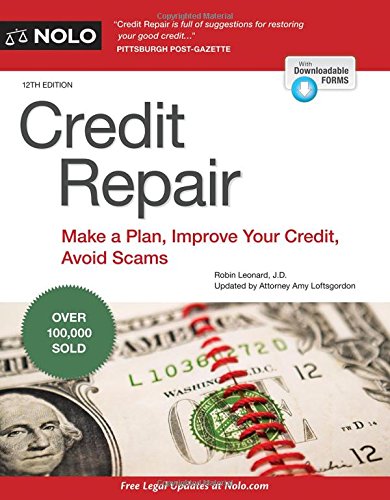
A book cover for Credit Repair: Make a Plan, Improve Your Credit, Avoid Scams; Robin Leonard J.D.; Business & Money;